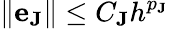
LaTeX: \| \mathbf{e}_{\mathbf{J}}\| \le C_{\mathbf{J}}h^{p_{\mathbf{J}}}